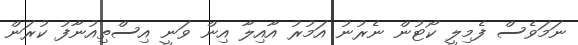
ނަމަވެސް ފެމިލީ ކޯޓުން ނެރުނު އަމުރު އާއިލާ އިން ވަނީ އިސްތިއުނާފު ކުރަން